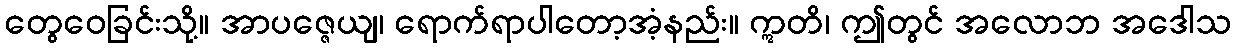
တွေဝေခြင်းသို့။ အာပဇ္ဇေယျ၊ ရောက်ရာပါတော့အံ့နည်း။ ဣတိ၊ ဤတွင် အလောဘ အဒေါသ